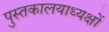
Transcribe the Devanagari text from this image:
पुस्तकालयाध्यक्षों